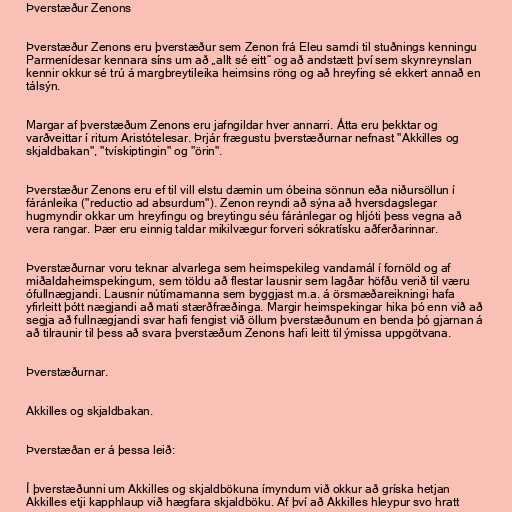
Þverstæður Zenons

Þverstæður Zenons eru þverstæður sem Zenon frá Eleu samdi til stuðnings kenningu
Parmenídesar kennara síns um að „allt sé eitt“ og að andstætt því sem skynreynslan
kennir okkur sé trú á margbreytileika heimsins röng og að hreyfing sé ekkert annað en
tálsýn.

Margar af þverstæðum Zenons eru jafngildar hver annarri. Átta eru þekktar og
varðveittar í ritum Aristótelesar. Þrjár frægustu þverstæðurnar nefnast "Akkilles og
skjaldbakan", "tvískiptingin" og "örin".

Þverstæður Zenons eru ef til vill elstu dæmin um óbeina sönnun eða niðursöllun í
fáránleika ("reductio ad absurdum"). Zenon reyndi að sýna að hversdagslegar
hugmyndir okkar um hreyfingu og breytingu séu fáránlegar og hljóti þess vegna að
vera rangar. Þær eru einnig taldar mikilvægur forveri sókratísku aðferðarinnar.

Þverstæðurnar voru teknar alvarlega sem heimspekileg vandamál í fornöld og af
miðaldaheimspekingum, sem töldu að flestar lausnir sem lagðar höfðu verið til væru
ófullnægjandi. Lausnir nútímamanna sem byggjast m.a. á örsmæðareikningi hafa
yfirleitt þótt nægjandi að mati stærðfræðinga. Margir heimspekingar hika þó enn við að
segja að fullnægjandi svar hafi fengist við öllum þverstæðunum en benda þó gjarnan á
að tilraunir til þess að svara þverstæðum Zenons hafi leitt til ýmissa uppgötvana.

Þverstæðurnar.

Akkilles og skjaldbakan.

Þverstæðan er á þessa leið:

Í þverstæðunni um Akkilles og skjaldbökuna ímyndum við okkur að gríska hetjan
Akkilles etji kapphlaup við hægfara skjaldböku. Af því að Akkilles hleypur svo hratt